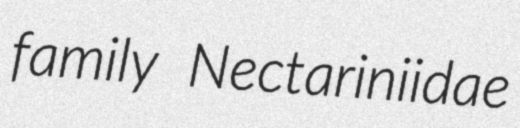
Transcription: family Nectariniidae